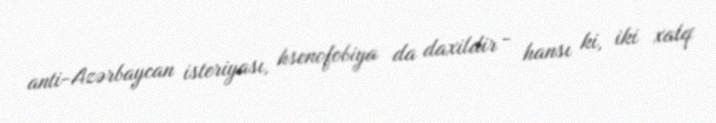
anti-Azərbaycan isteriyası, ksenofobiya da daxildir - hansı ki, iki xalq